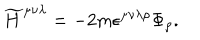
{ \widetilde H } ^ { \mu \nu \lambda } = - 2 m \epsilon ^ { \mu \nu \lambda \rho } \Phi _ { \rho } .